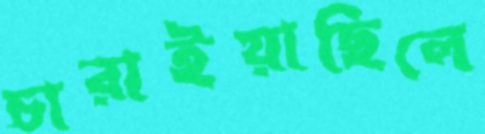
চারাইয়াছিলে